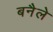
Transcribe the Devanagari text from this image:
बनैले